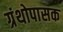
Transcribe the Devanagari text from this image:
ग्रंथोपासक